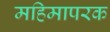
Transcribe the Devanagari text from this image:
महिमापरक